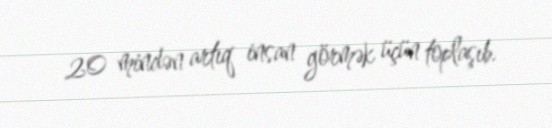
20 mindən artıq insan görmək üçün toplaşıb.